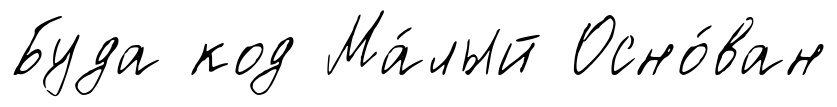
Буда код Ма́лый Осно́ван